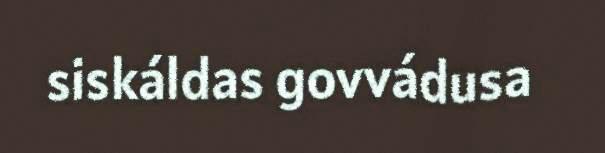
siskáldas govvádusa